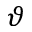
\vartheta